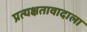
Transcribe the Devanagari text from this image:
प्रत्यक्षतावादाला